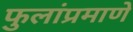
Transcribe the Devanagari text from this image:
फुलांप्रमाणे